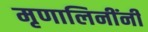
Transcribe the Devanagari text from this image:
मृणालिनींनी